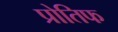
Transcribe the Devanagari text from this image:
प्रोतिफ